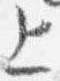
上